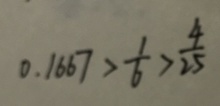
0 . 1 6 6 7 > \frac { 1 } { 6 } > \frac { 4 } { 2 5 }